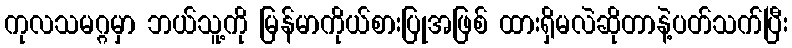
ကုလသမဂ္ဂမှာ ဘယ်သူ့ကို မြန်မာကိုယ်စားပြုအဖြစ် ထားရှိမလဲဆိုတာနဲ့ပတ်သက်ပြီး